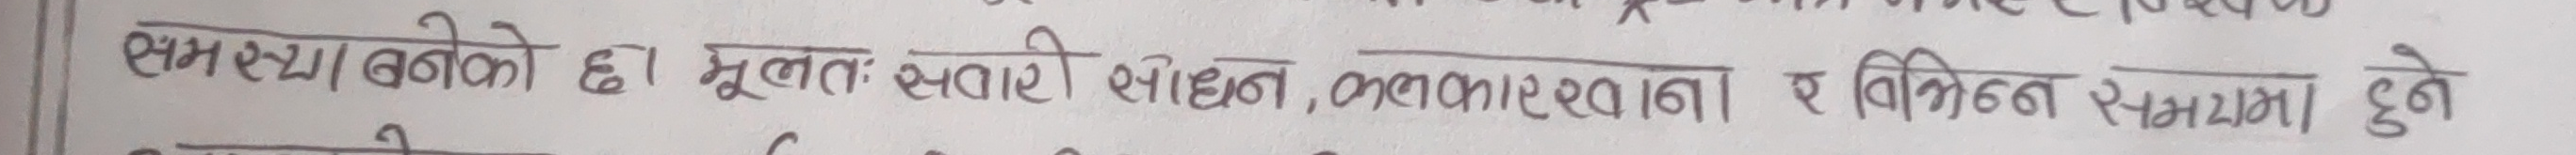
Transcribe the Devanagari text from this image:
समस्या बनेको छ। मूलत: सवारी साधन, कलकारखाना र विभिन्न सामान हुने